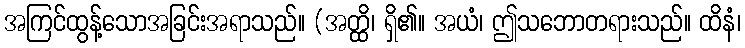
အကြင်ထွန့်သောအခြင်းအရာသည်။ (အတ္ထိ၊ ရှိ၏။ အယံ၊ ဤသဘောတရားသည်။ ထိနံ၊